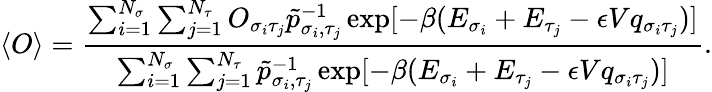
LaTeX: \langle O\rangle=\frac{\sum_{i=1}^{N_{\sigma}}\sum_{j=1}^{N_{\tau}}O_{\sigma_{i}\tau_{j}}\tilde{p}_{\sigma_{i},\tau_{j}}^{-1}\exp[-\beta(E_{\sigma_{i}}+E_{\tau_{j}}-\epsilon Vq_{\sigma_{i}\tau_{j}})]}{\sum_{i=1}^{N_{\sigma}}\sum_{j=1}^{N_{\tau}}\tilde{p}_{\sigma_{i},\tau_{j}}^{-1}\exp[-\beta(E_{\sigma_{i}}+E_{\tau_{j}}-\epsilon Vq_{\sigma_{i}\tau_{j}})]}.